Document type: Grant of rights
Year: 1326
Scribe: Bernat de Vilarúbia
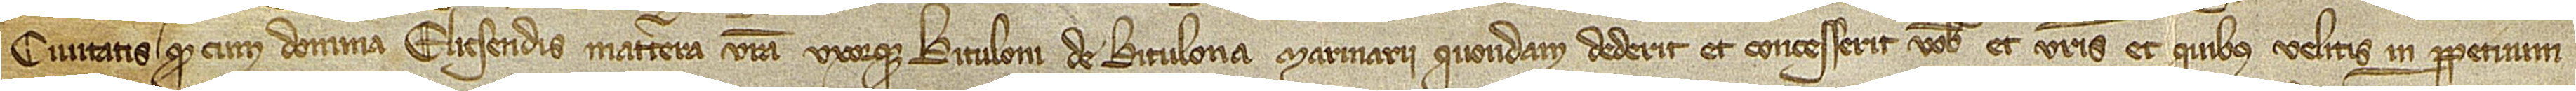
civitatis, quod cum domina Elicsendis, matertera vestra uxorque Bituloni de Bitulona, marinarii, quondam, dederit et concesserit vobis et vestris et quibus velitis in perpetuum